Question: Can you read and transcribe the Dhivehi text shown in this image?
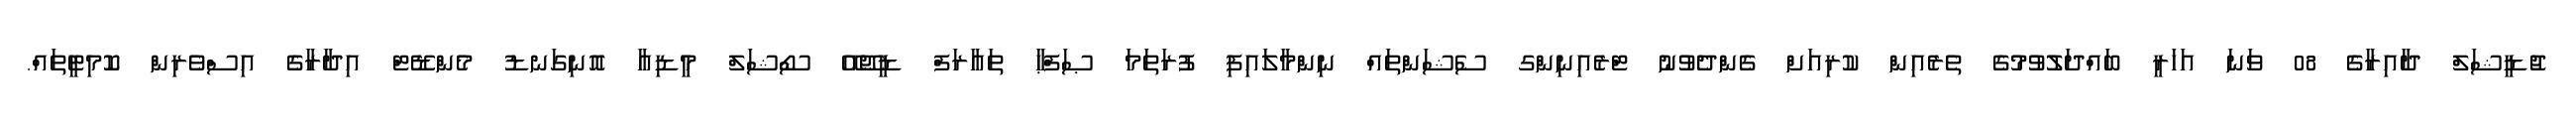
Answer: ޖުޑީޝަލް ދާއިރާގެ 08 ވަނަ އަހަރީ ބައްދަލުވުމުގެ ތެރެއިން ކުރިއަށް ގެންދެވުނު ޓްރެއިނިންގ ސެޝަންތައް ނިންމާލައިފި ފުރަތަމަ ޞަފްޙާ ތައާރަފް ޑީޖޭއޭ ސޯޝަލް މީޑިއާ އޮނިގަނޑު މެންޑޭޓް އިދާރާގެ އިސްވެރިން ކޮމިޓީތައް.